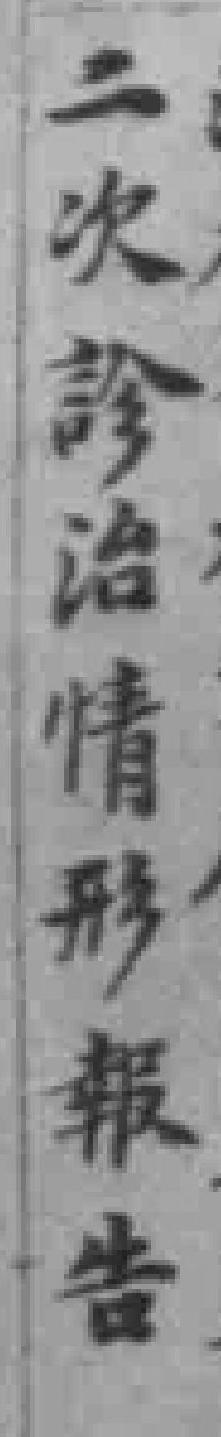
二次诊治情形報告